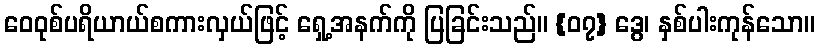
ဝေဝုစ်ပရိယာယ်စကားလှယ်ဖြင့် ရှေ့အနက်ကို ပြခြင်းသည်။ {၀၇} ဒွေ၊ နှစ်ပါးကုန်သော။